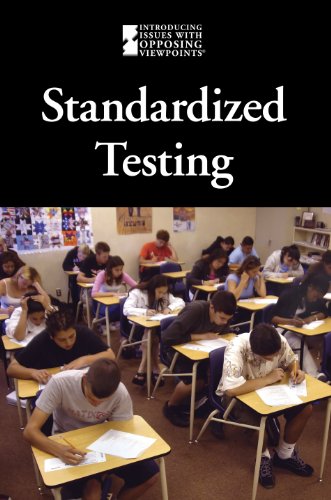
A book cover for Standardized Testing (Introducing Issues With Opposing Viewpoints); Cynthia A. Bily; Teen & Young Adult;